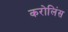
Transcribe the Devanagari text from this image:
करोलिंस